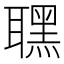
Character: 𦗣